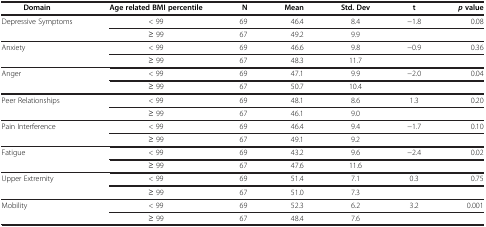
<table><thead><tr><td><b>Domain</b></td><td><b>Age related BMI percentile</b></td><td><b>N</b></td><td><b>Mean</b></td><td><b>Std. Dev</b></td><td><b>t</b></td><td><b><i>p </i>value</b></td></tr></thead><tbody><tr><td>Depressive Symptoms</td><td>&lt; 99</td><td>69</td><td>46.4</td><td>8.4</td><td>−1.8</td><td>0.08</td></tr><tr><td>[EMPTY_CELL]</td><td>≥ 99</td><td>67</td><td>49.2</td><td>9.9</td><td>[EMPTY_CELL]</td><td>[EMPTY_CELL]</td></tr><tr><td>Anxiety</td><td>&lt; 99</td><td>69</td><td>46.6</td><td>9.8</td><td>−0.9</td><td>0.36</td></tr><tr><td>[EMPTY_CELL]</td><td>≥ 99</td><td>67</td><td>48.3</td><td>11.7</td><td>[EMPTY_CELL]</td><td>[EMPTY_CELL]</td></tr><tr><td>Anger</td><td>&lt; 99</td><td>69</td><td>47.1</td><td>9.9</td><td>−2.0</td><td>0.04</td></tr><tr><td>[EMPTY_CELL]</td><td>≥ 99</td><td>67</td><td>50.7</td><td>10.4</td><td>[EMPTY_CELL]</td><td>[EMPTY_CELL]</td></tr><tr><td>Peer Relationships</td><td>&lt; 99</td><td>69</td><td>48.1</td><td>8.6</td><td>1.3</td><td>0.20</td></tr><tr><td>[EMPTY_CELL]</td><td>≥ 99</td><td>67</td><td>46.1</td><td>9.0</td><td>[EMPTY_CELL]</td><td>[EMPTY_CELL]</td></tr><tr><td>Pain Interference</td><td>&lt; 99</td><td>69</td><td>46.4</td><td>9.4</td><td>−1.7</td><td>0.10</td></tr><tr><td>[EMPTY_CELL]</td><td>≥ 99</td><td>67</td><td>49.1</td><td>9.2</td><td>[EMPTY_CELL]</td><td>[EMPTY_CELL]</td></tr><tr><td>Fatigue</td><td>&lt; 99</td><td>69</td><td>43.2</td><td>9.6</td><td>−2.4</td><td>0.02</td></tr><tr><td>[EMPTY_CELL]</td><td>≥ 99</td><td>67</td><td>47.6</td><td>11.6</td><td>[EMPTY_CELL]</td><td>[EMPTY_CELL]</td></tr><tr><td>Upper Extremity</td><td>&lt; 99</td><td>69</td><td>51.4</td><td>7.1</td><td>0.3</td><td>0.75</td></tr><tr><td>[EMPTY_CELL]</td><td>≥ 99</td><td>67</td><td>51.0</td><td>7.3</td><td>[EMPTY_CELL]</td><td>[EMPTY_CELL]</td></tr><tr><td>Mobility</td><td>&lt; 99</td><td>69</td><td>52.3</td><td>6.2</td><td>3.2</td><td>0.001</td></tr><tr><td>[EMPTY_CELL]</td><td>≥ 99</td><td>67</td><td>48.4</td><td>7.6</td><td>[EMPTY_CELL]</td><td>[EMPTY_CELL]</td></tr></tbody></table>